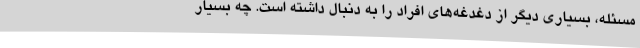
مسئله، بسیاری دیگر از دغدغه‌های افراد را به دنبال داشته است. چه بسیار